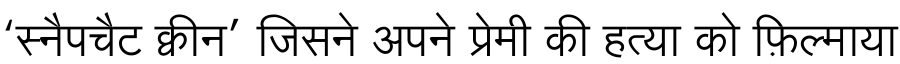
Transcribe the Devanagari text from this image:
‘स्नैपचैट क्वीन’ जिसने अपने प्रेमी की हत्या को फ़िल्माया